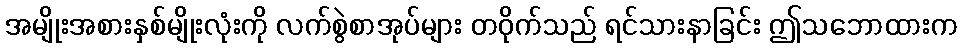
အမျိုးအစားနှစ်မျိုးလုံးကို လက်စွဲစာအုပ်များ တဝိုက်သည် ရင်သားနာခြင်း ဤသဘောထားက